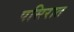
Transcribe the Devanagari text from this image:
पसिरात